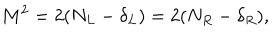
M ^ { 2 } = 2 ( N _ { L } - \delta _ { L } ) = 2 ( N _ { R } - \delta _ { R } ) ,